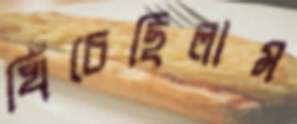
খিঁচেছিলাম